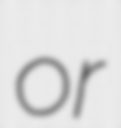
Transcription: or